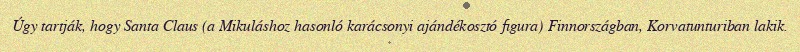
Úgy tartják, hogy Santa Claus (a Mikuláshoz hasonló karácsonyi ajándékosztó figura) Finnországban, Korvatunturiban lakik.